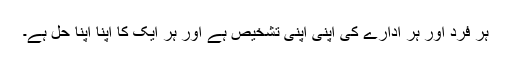
ہر فرد اور ہر ادارے کی اپنی اپنی تشخیص ہے اور ہر ایک کا اپنا اپنا حل ہے۔